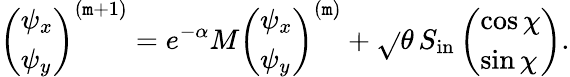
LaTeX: \left(\begin{array}{l}{\psi_{x}}\\ {\psi_{y}}\end{array}\right)^{(\mathtt{m}+1)}=e^{-\alpha}M\left(\begin{array}{l}{\psi_{x}}\\ {\psi_{y}}\end{array}\right)^{(\mathtt{m})}+\sqrt{}{{\theta}}\, S_{\mathrm{{in}}}\left(\begin{array}{l}{\cos\chi}\\ {\sin\chi}\end{array}\right).